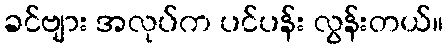
ခင်ဗျား အလုပ်က ပင်ပန်း လွန်းတယ်။